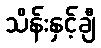
သိန်းနှင့်ချီ